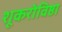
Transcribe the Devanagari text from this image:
शूकरोविष्ठा